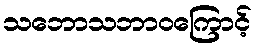
သဘောသဘာဝကြောင့်